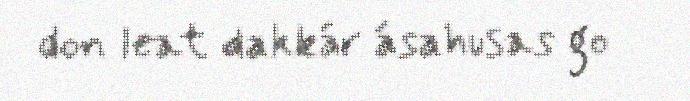
don leat dakkár ásahusas go